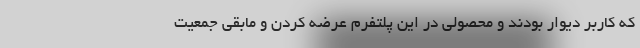
که کاربر دیوار بودند و محصولی در این پلتفرم عرضه کردن و مابقی جمعیت